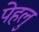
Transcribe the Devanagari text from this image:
पेहलु